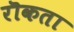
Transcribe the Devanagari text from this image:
रॊकता